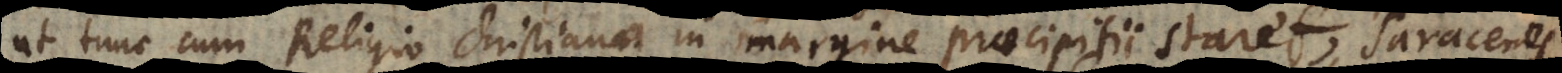
ut tunc cum Religio Christiana in margine praecipitii staret, Saracenos